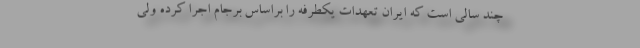
چند سالی است که ایران تعهدات یکطرفه را براساس برجام اجرا کرده ولی